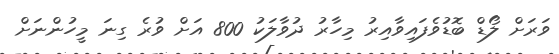
ވަރަށް ލޯޑް ބޮޑުވެފައިވާއިރު މިހާރު ދުވާލަކު 800 އަށް ވުރެ ގިނަ މީހުންނަށް